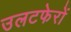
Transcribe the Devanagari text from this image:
उलटफेरों